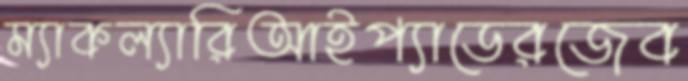
ম্যাকল্যারিআইপ্যাডেরজেব